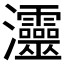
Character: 𤅷